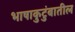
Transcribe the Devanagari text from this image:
भाषाकुटुंबातील